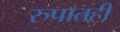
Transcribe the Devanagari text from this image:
रुपातही